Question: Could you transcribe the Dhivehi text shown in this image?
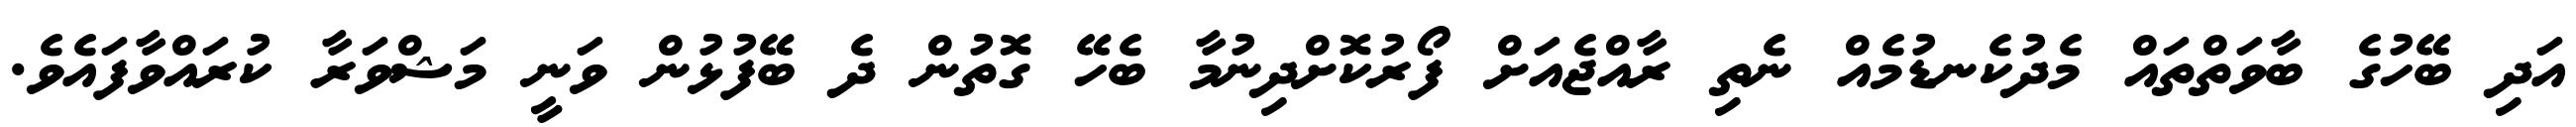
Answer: އަދި ބޭހުގެ ބާވަތްތައް މެދުކެނޑުމެއް ނެތި ރާއްޖެއަށް ފޯރުކޮށްދިނުމާ ބެހޭ ގޮތުން ދެ ބޭފުޅުން ވަނީ މަޝްވަރާ ކުރައްވާފައެވެ.